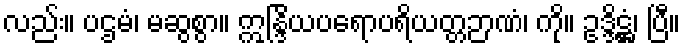
လည်း။ ပဌမံ၊ မဆွစွာ။ ဣန္ဒြိယပရောပရိယတ္တဉာဏံ၊ ကို။ ဥဒ္ဒိဋ္ဌံ၊ ပြီ။